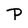
Character: P